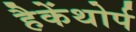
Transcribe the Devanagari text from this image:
हैकेंथोर्प